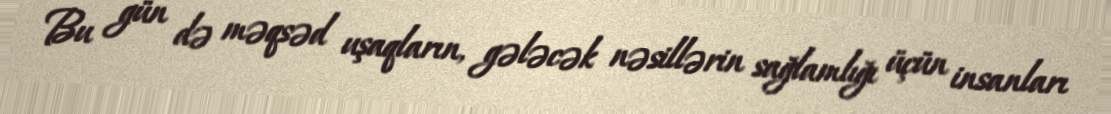
Bu gün də məqsəd uşaqların, gələcək nəsillərin sağlamlığı üçün insanları